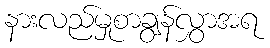
နားလည်မှုစာချွန်လွှာအရ